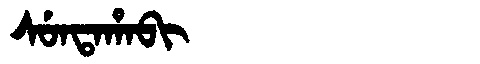
Manchu: ᠰᡠᠨᡨᠠᡥᠠᠪᡳ
Romanization: SUNTAHABI